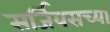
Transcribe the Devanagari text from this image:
सर्जियसच्या